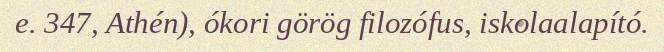
e. 347, Athén), ókori görög filozófus, iskolaalapító.